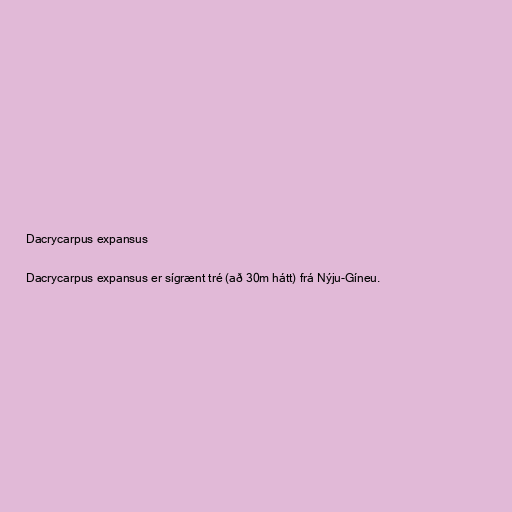
Dacrycarpus expansus

Dacrycarpus expansus er sígrænt tré (að 30m hátt) frá Nýju-Gíneu.